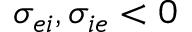
\sigma _ { e i } , \sigma _ { i e } < 0